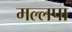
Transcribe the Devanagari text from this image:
मल्लपा